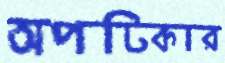
অপটিকার